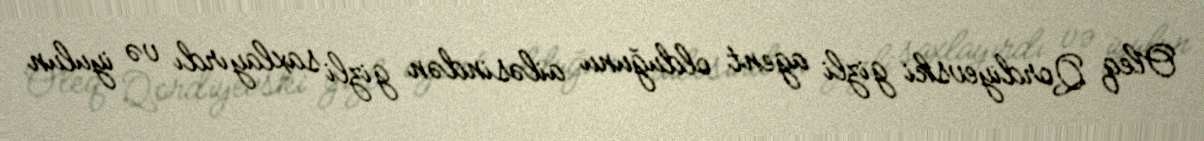
Oleq Qordiyevski gizli agent olduğunu ailəsindən gizli saxlayırdı və iyulun